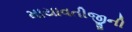
માયાવતીજીની